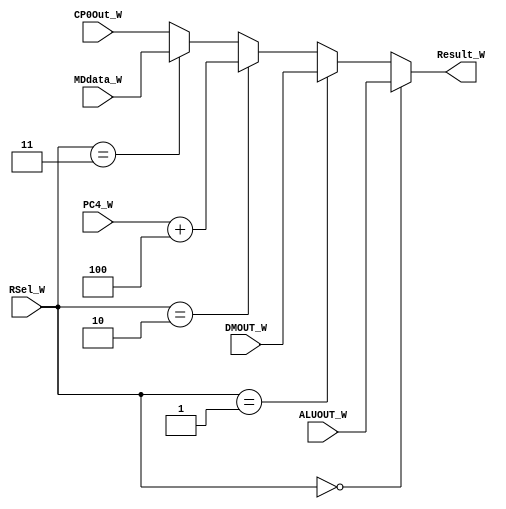
`timescale 1ns / 1ps
//////////////////////////////////////////////////////////////////////////////////
// Company: 
// Engineer: 
// 
// Design Name: 
// Module Name:    W_MUX 
// Project Name: 
// Target Devices: 
// Tool versions: 
// Description: 
//
// Dependencies: 
//
// Revision: 
// Revision 0.01 - File Created
// Additional Comments: 
//
//////////////////////////////////////////////////////////////////////////////////
module W_MUX(
    input [31:0] ALUOUT_W,
    input [31:0] DMOUT_W,
    input [31:0] PC4_W,
	 input [31:0] MDdata_W,
    input [2:0] RSel_W,
    output [31:0] Result_W,
	 input [31:0] CP0Out_W
    );

assign Result_W = (RSel_W == 3'b000) ? ALUOUT_W :
						(RSel_W == 3'b001) ? DMOUT_W :
						(RSel_W == 3'b010) ? PC4_W + 4:
						(RSel_W == 3'b011) ? MDdata_W:
						CP0Out_W;

endmodule